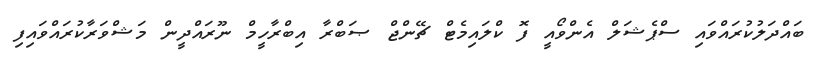
ބައްދަލުކުރައްވައި ސްޕެޝަލް އެންވޯއީ ފޮ ކްލައިމެޓް ޗޭންޖް ޞަބްރާ އިބްރާހީމް ނޫރައްދީން މަޝްވަރާކުރައްވައިފި